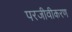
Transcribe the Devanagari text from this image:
परजीवीकरण